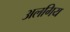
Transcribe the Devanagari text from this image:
अलगिय